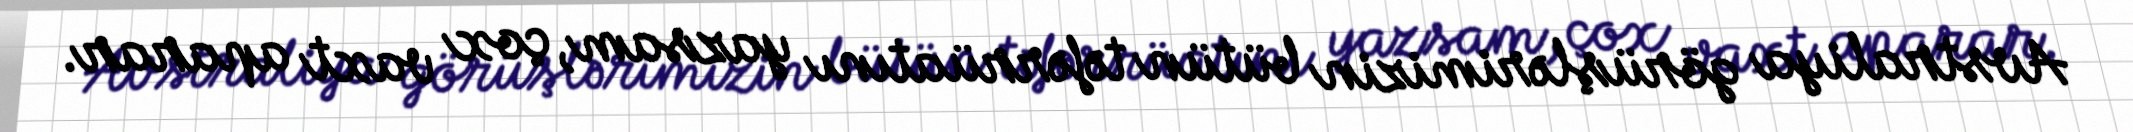
Avstraliya görüşlərimizin bütün təfərrüatını yazsam, çox vaxt aparar.